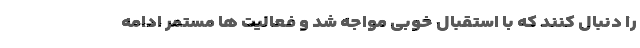
را دنبال کنند که با استقبال خوبی مواجه شد و فعالیت ها مستمر ادامه